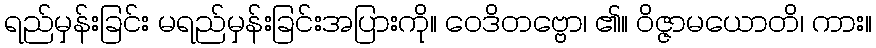
ရည်မှန်းခြင်း မရည်မှန်းခြင်းအပြားကို။ ဝေဒိတဗ္ဗော၊ ၏။ ဝိဇ္ဇာမယောတိ၊ ကား။